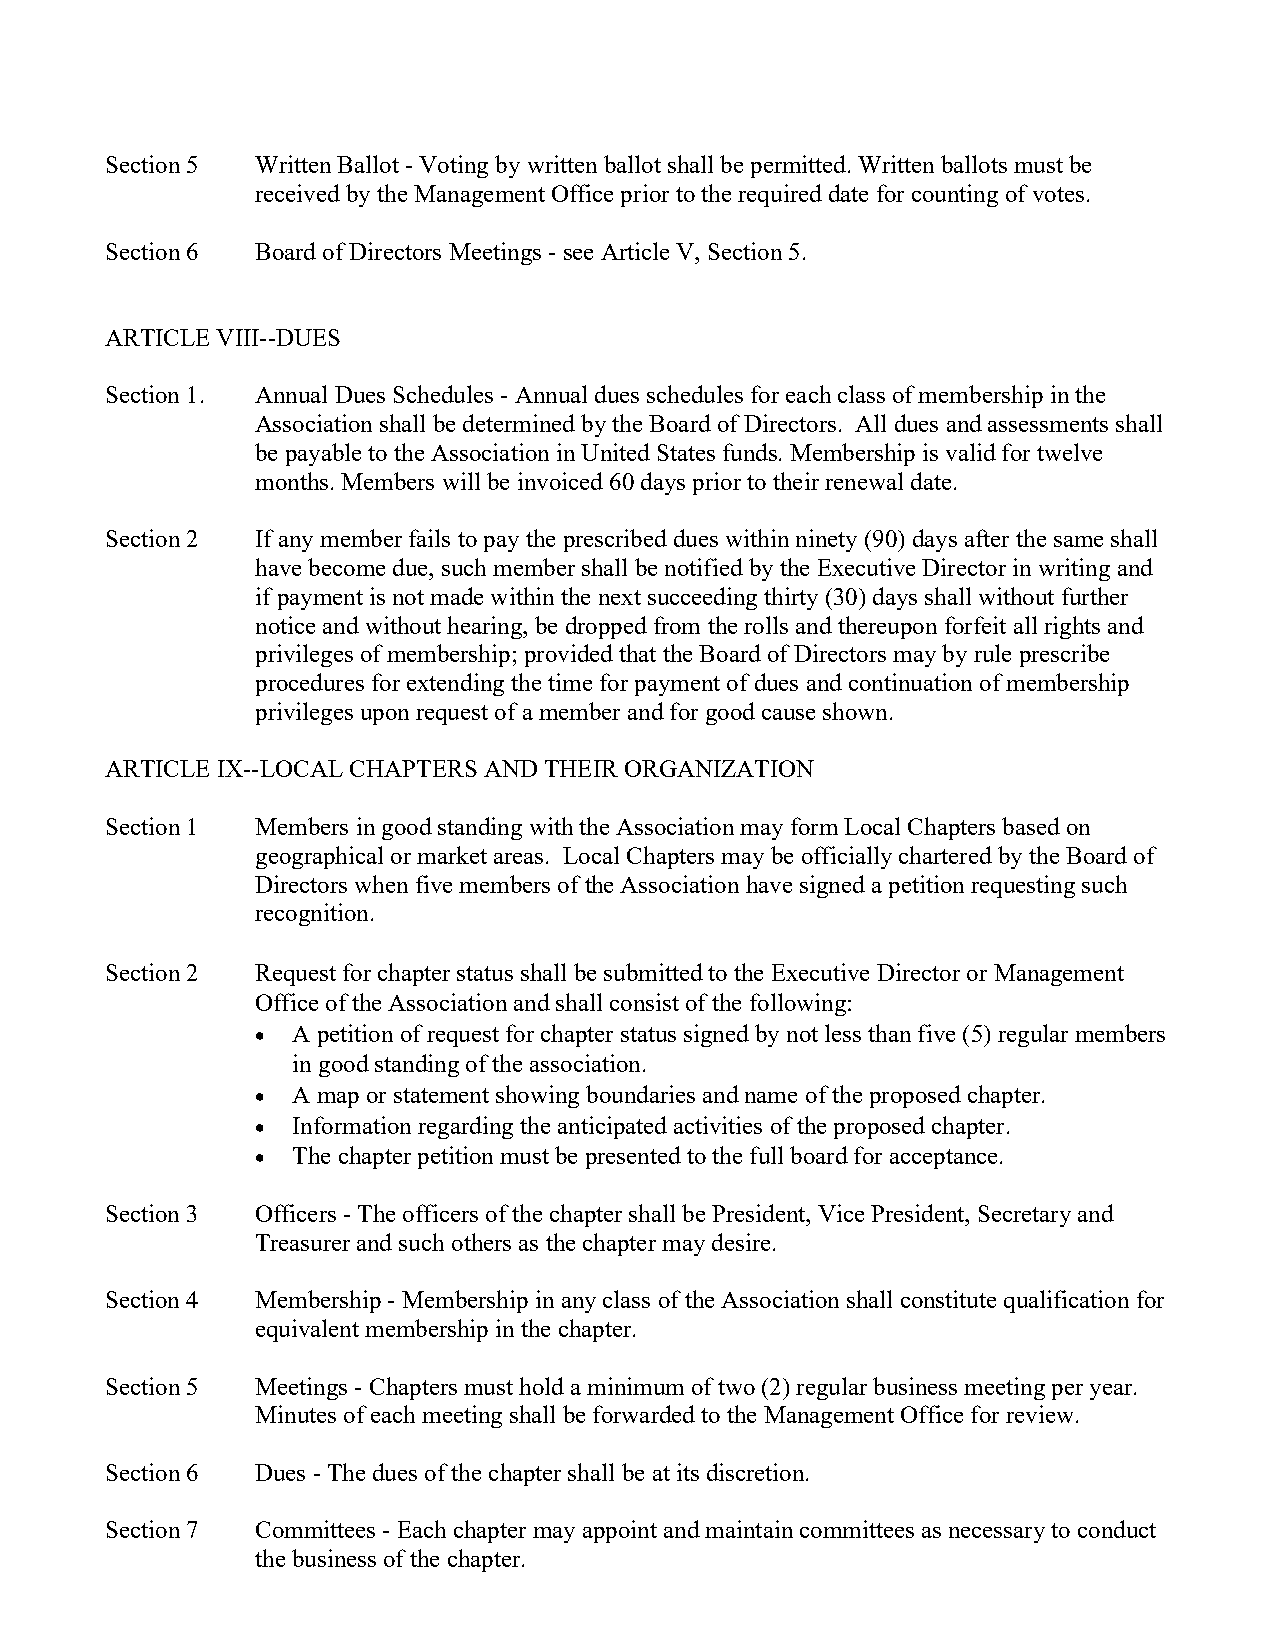
Section 5 Written Ballot - Voting by written ballot shall be permitted. Written ballots must be
 received by the Management Office prior to the required date for counting of votes.
 Section 6 Board of Directors Meetings - see Article V, Section 5.
 ARTICLE VIII--DUES
 Section 1. Annual Dues Schedules - Annual dues schedules for each class of membership in the
 Association shall be determined by the Board of Directors. All dues and assessments shall
 be payable to the Association in United States funds. Membership is valid for twelve
 months. Members will be invoiced 60 days prior to their renewal date.
 Section 2 If any member fails to pay the prescribed dues within ninety (90) days after the same shall
 have become due, such member shall be notified by the Executive Director in writing and
 if payment is not made within the next succeeding thirty (30) days shall without further
 notice and without hearing, be dropped from the rolls and thereupon forfeit all rights and
 privileges of membership; provided that the Board of Directors may by rule prescribe
 procedures for extending the time for payment of dues and continuation of membership
 privileges upon request of a member and for good cause shown.
 ARTICLE IX--LOCAL CHAPTERS AND THEIR ORGANIZATION
 Section 1 Members in good standing with the Association may form Local Chapters based on
 geographical or market areas. Local Chapters may be officially chartered by the Board of
 Directors when five members of the Association have signed a petition requesting such
 recognition.
 Section 2 Request for chapter status shall be submitted to the Executive Director or Management
 Office of the Association and shall consist of the following:
 • A petition of request for chapter status signed by not less than five (5) regular members
 in good standing of the association.
 • A map or statement showing boundaries and name of the proposed chapter.
 • Information regarding the anticipated activities of the proposed chapter.
 • The chapter petition must be presented to the full board for acceptance.
 Section 3 Officers - The officers of the chapter shall be President, Vice President, Secretary and
 Treasurer and such others as the chapter may desire.
 Section 4 Membership - Membership in any class of the Association shall constitute qualification for
 equivalent membership in the chapter.
 Section 5 Meetings - Chapters must hold a minimum of two (2) regular business meeting per year.
 Minutes of each meeting shall be forwarded to the Management Office for review.
 Section 6 Dues - The dues of the chapter shall be at its discretion.
 Section 7 Committees - Each chapter may appoint and maintain committees as necessary to conduct
 the business of the chapter.